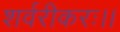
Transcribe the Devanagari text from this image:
शर्वरीकरः।।